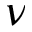
\nu